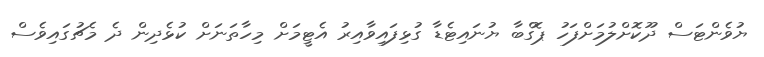
ޔުވެންޓަސް ދޫކޮށްލުމަށްފަހު ޕޮގްބާ ޔުނައިޓެޑާ ގުޅިފައިވާއިރު އެޓީމަށް މިހާތަނަށް ކުޅެދިން ދެ މެޗުގައިވެސް